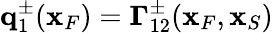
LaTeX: {\mathbf q}_{1}^{\pm}({\mathbf x}_{F})={\mathbf\Gamma}_{12}^{\pm}({\mathbf x}_{F},{\mathbf x}_{S})